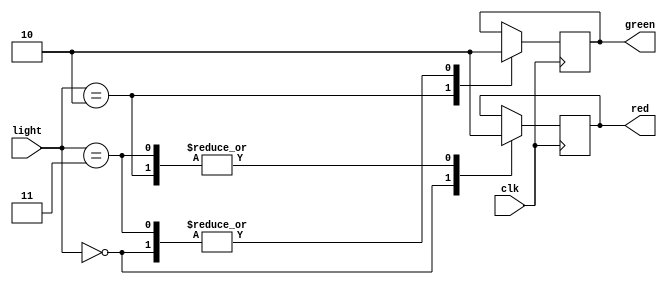

/*________________________________SEMAFORO 2________________________________*/
module semaforo2     //giros y semaforos peatonales
	(	input wire [1:0] light,
		input wire clk, 
		output reg green,   
		output reg red
	);

	parameter RED = 2'b00;
	parameter GREEN = 2'b10;
	parameter OFF = 2'b11;
	
	always @ (posedge clk)
	begin 
		case(light )	 
			RED: 
			begin
				red <= 1;
				green <= 0;
			end
			GREEN:
			begin
				red <= 0;
				green <= 1;
			end
			OFF:
			begin
				red <= 0;
				green <= 0;
				//$display("SEMAFORO GIRO: ROJO %d VERDE %d", red, green);
			end
		endcase	
	end	
	
		
endmodule